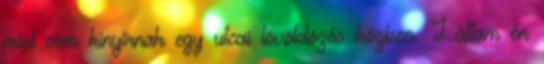
mint sem kinyírnak egy utcai lövöldözés közben. Láttam én